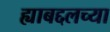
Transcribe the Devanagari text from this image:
ह्याबद्दलच्या